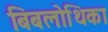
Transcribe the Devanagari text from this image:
बिबलोथिका